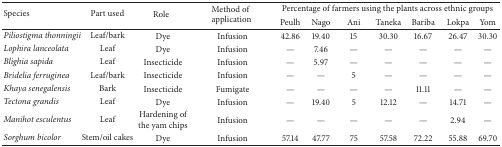
| <ROWSPAN=2> Species | <ROWSPAN=2> Part used | <ROWSPAN=2> Role | <ROWSPAN=2> Method of application | <COLSPAN=7> Percentage of farmers using the plants across ethnic groups |
 | Peulh | Nago | Ani | Taneka | Bariba | Lokpa | Yom |
 | --- | --- | --- | --- | --- | --- | --- | --- | --- | --- | --- |
 | Piliostigma thonningii | Leaf/bark | Dye | Infusion | 42.86 | 19.40 | 15 | 30.30 | 16.67 | 26.47 | 30.30 |
 | Lophira lanceolata | Leaf | Dye | Infusion | — | 7.46 | — | — | — | — | — |
 | Blighia sapida | Leaf | Insecticide | Infusion | — | 5.97 | — | — | — | — | — |
 | Bridelia ferruginea | Leaf/bark | Insecticide | Infusion | — | — | 5 | — | — | — | — |
 | Khaya senegalensis | Bark | Insecticide | Fumigate | — | — | — | — | 11.11 | — | — |
 | Tectona grandis | Leaf | Dye | Infusion | — | 19.40 | 5 | 12.12 | — | 14.71 | — |
 | Manihot esculentus | Leaf | Hardening of the yam chips | Infusion | — | — | — | — | — | 2.94 | — |
 | Sorghum bicolor | Stem/oil cakes | Dye | Infusion | 57.14 | 47.77 | 75 | 57.58 | 72.22 | 55.88 | 69.70 |